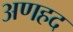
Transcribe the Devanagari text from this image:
अणहद